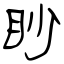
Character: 眇